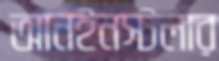
আনইনস্টলার